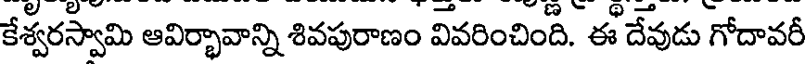
కేశ్వరస్వామి ఆవిర్భావాన్ని శివపురాణం వివరించింది. ఈ దేవుడు గోదావరీ